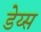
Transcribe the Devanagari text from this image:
डेय्स